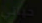
حياتي